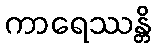
ကာရေဿန္တိ